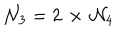
{ \cal N } _ { 3 } = 2 \, \times \, { \cal N } _ { 4 }